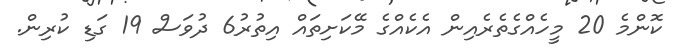
ކޮންމެ 20 މީހެއްގެތެރެއިން އެކެއްގެ މޭކަށިތައް އިތުރު6 ދުވަސް 19 ގަޑި ކުރިން.